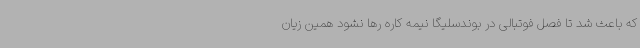
که باعث شد تا فصل فوتبالی در بوندسلیگا نیمه کاره رها نشود همین زیان